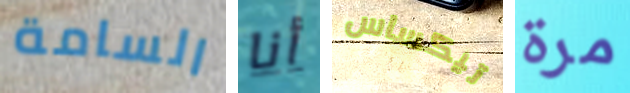
السامة أنا تيكساس مرة